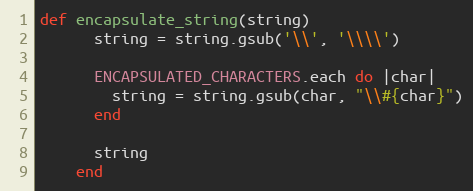
Language: Ruby
def encapsulate_string(string)
      string = string.gsub('\\', '\\\\')

      ENCAPSULATED_CHARACTERS.each do |char|
        string = string.gsub(char, "\\#{char}")
      end

      string
    end